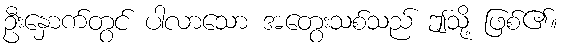
ဦးနှောက်တွင် ပါလာသော အတွေးသစ်သည် ဤသို့ ဖြစ်၏။